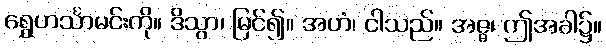
ရွှေဟင်္သာမင်းကို။ ဒိသွာ၊ မြင်၍။ အဟံ၊ ငါသည်။ အဇ္ဇ၊ ဤအခါ၌။